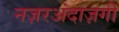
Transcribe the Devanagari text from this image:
नज़रअंदाज़गी